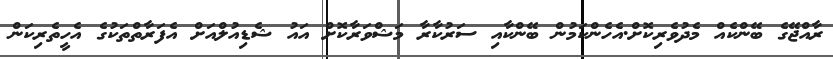
ރާއްޖޭގެ ބޭންކެއް މެދުވެރިކޮށް.އެހެންކަމުން ބޭންކާއި ސަރުކާރާ މަޝްވަރާކޮށް އައު ޝެޑިއުލްއަށް އެފަރާތްތަކުގެ އެހީތެރިކަން